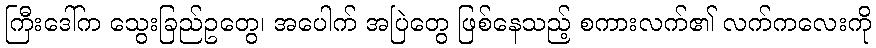
ကြီးဒေါ်က သွေးခြည်ဥတွေ၊ အပေါက် အပြဲတွေ ဖြစ်နေသည့် စကားလက်၏ လက်ကလေးကို